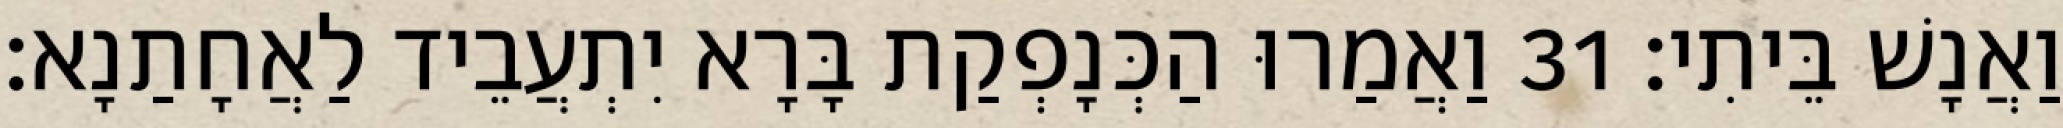
וַאֲנָשׁ בֵּיתִי׃ 31 וַאֲמַרוּ הַכְּנָפְקַת בָּרָא יִתְעֲבֵיד לַאֲחָתַנָא׃